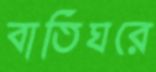
বাতিঘরে